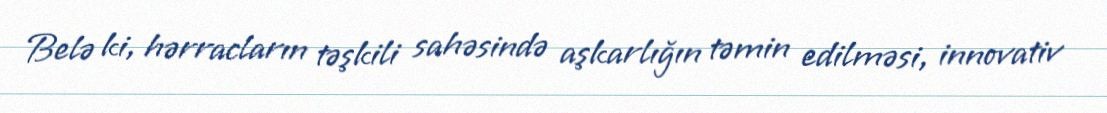
Belə ki, hərracların təşkili sahəsində aşkarlığın təmin edilməsi, innovativ